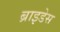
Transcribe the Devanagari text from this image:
ब्राइडेस